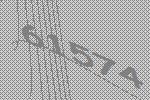
61574